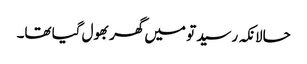
حالانکہ رسید تو میں گھر بھول گیا تھا۔